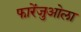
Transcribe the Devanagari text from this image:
फारेंजुओला